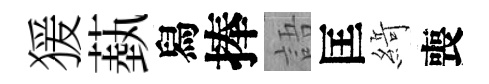
猨蓺舄捧語匡𦂶喪